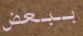
ببعض